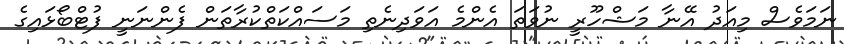
ނަމަވެސް މިއަދު އޭނާ މަޝްހޫރީ ނުވަތަ އެންމެ އަވަދިނެތި މަސައްކަތްކުރާތަން ފެންނަނީ ފުޓްބޯޅައިގެ